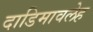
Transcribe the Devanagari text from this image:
दाडिमावलेह